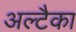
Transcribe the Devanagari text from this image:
अल्टैका